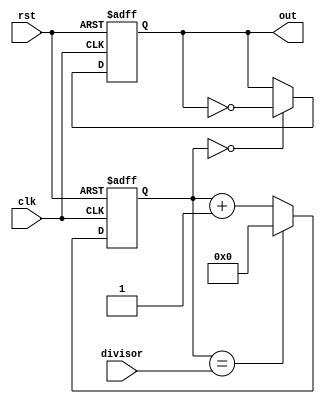
module Johnson_Counter_clock_divider (
    input wire clk,
    input wire rst,
    input wire [3:0] divisor,
    output reg out
);

reg [3:0] counter;

always @ (posedge clk or posedge rst) begin
    if (rst)
        counter <= 4'h0;
    else begin
        if (counter == divisor)
            counter <= 4'h0;
        else
            counter <= counter + 1;
    end
end

always @ (posedge clk or posedge rst) begin
    if (rst)
        out <= 1'b0;
    else begin
        if (counter == 4'h0)
            out <= ~out;
    end
end

endmodule